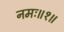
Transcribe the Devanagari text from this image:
नमः॥१॥